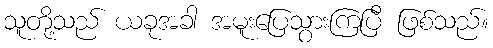
သူတို့သည် ယခုအခါ အမူးပြေသွားကြပြီ ဖြစ်သည်။